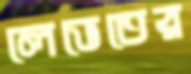
লেভেতের